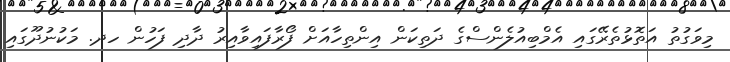
މިވަގުތު އަތޮޅުތެރޭގައި އެމްބިއުލެންސްގެ ދަތިކަން އިންތިހާއަށް ފޯރާފައިވާއިރު ދާދި ފަހުން ހދ. މަކުނުދޫގައި